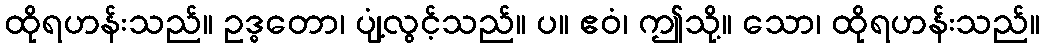
ထိုရဟန်းသည်။ ဥဒ္ဓတော၊ ပျံ့လွင့်သည်။ ပ။ ဧဝံ၊ ဤသို့။ သော၊ ထိုရဟန်းသည်။